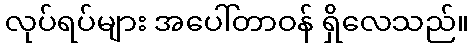
လုပ်ရပ်များ အပေါ်တာဝန် ရှိလေသည်။